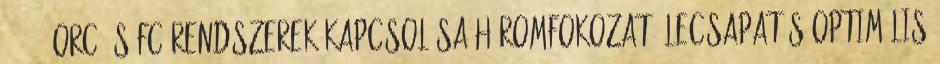
2007 ORC és FC rendszerek kapcsolása Háromfokozatú lecsapatás optimális